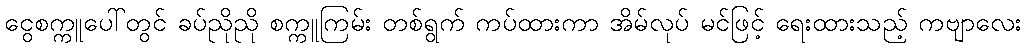
ငွေစက္ကူပေါ်တွင် ခပ်ညိုညို စက္ကူကြမ်း တစ်ရွက် ကပ်ထားကာ အိမ်လုပ် မင်ဖြင့် ရေးထားသည့် ကဗျာလေး